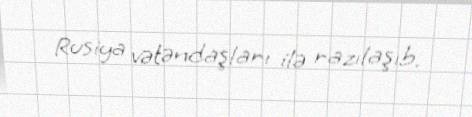
Rusiya vətəndaşları ilə razılaşıb.